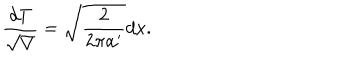
LaTeX: \frac { d T } { \sqrt { V } } = \sqrt { \frac { 2 } { 2 \pi \alpha ^ { \prime } } } d x .